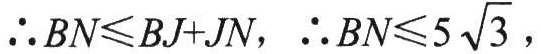
\(\therefore BN\leqslant BJ+JN,\ \therefore BN\leqslant 5\sqrt{3},\)